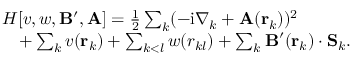
\begin{array} { r l } & { H [ v , w , \mathbf { B } ^ { \prime } , \mathbf { A } ] = \frac { 1 } { 2 } \sum _ { k } ( - \mathrm { i } \nabla _ { k } + \mathbf { A } ( \mathbf { r } _ { k } ) ) ^ { 2 } } \\ & { \quad + \sum _ { k } v ( \mathbf { r } _ { k } ) + \sum _ { k < l } w ( r _ { k l } ) + \sum _ { k } \mathbf { B } ^ { \prime } ( \mathbf { r } _ { k } ) \cdot \mathbf { S } _ { k } . } \end{array}